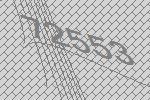
72553